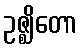
ဥဇ္ဈိတော